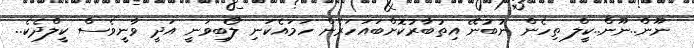
ނޫން..ނޫން..ކީލް ތިހެން ނުބުނޭ އިތުބާރުކޮށްބައަހަރެން ހަމައެކަނި ލޯބިވަނީ އަދީ ވާނީވެސް ކީލްދެކެ..